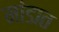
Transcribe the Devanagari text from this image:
मांडात